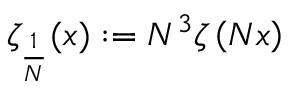
\zeta _ { \frac { 1 } { N } } ( x ) : = N ^ { 3 } \zeta \left( N x \right)